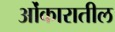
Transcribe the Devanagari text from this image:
ओंकारातील